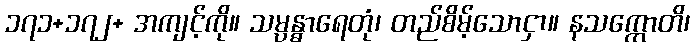
၁၇၁+၁၇၂+ အကျင့်ကို။ သမ္ပန္ဓာရေတုံ၊ တည်စိမ့်သောငှာ။ နသက္ကောတိ၊